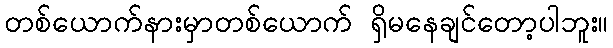
တစ်ယောက်နားမှာတစ်ယောက် ရှိမနေချင်တော့ပါဘူး။